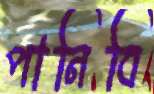
পানিবি